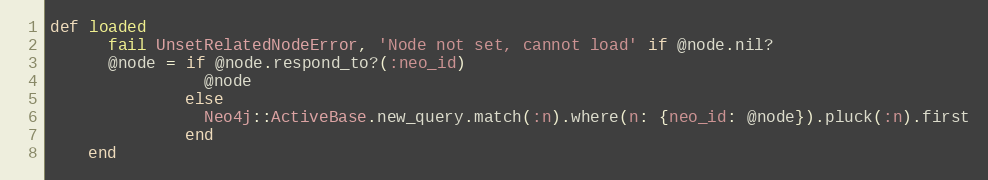
Language: Ruby
def loaded
      fail UnsetRelatedNodeError, 'Node not set, cannot load' if @node.nil?
      @node = if @node.respond_to?(:neo_id)
                @node
              else
                Neo4j::ActiveBase.new_query.match(:n).where(n: {neo_id: @node}).pluck(:n).first
              end
    end